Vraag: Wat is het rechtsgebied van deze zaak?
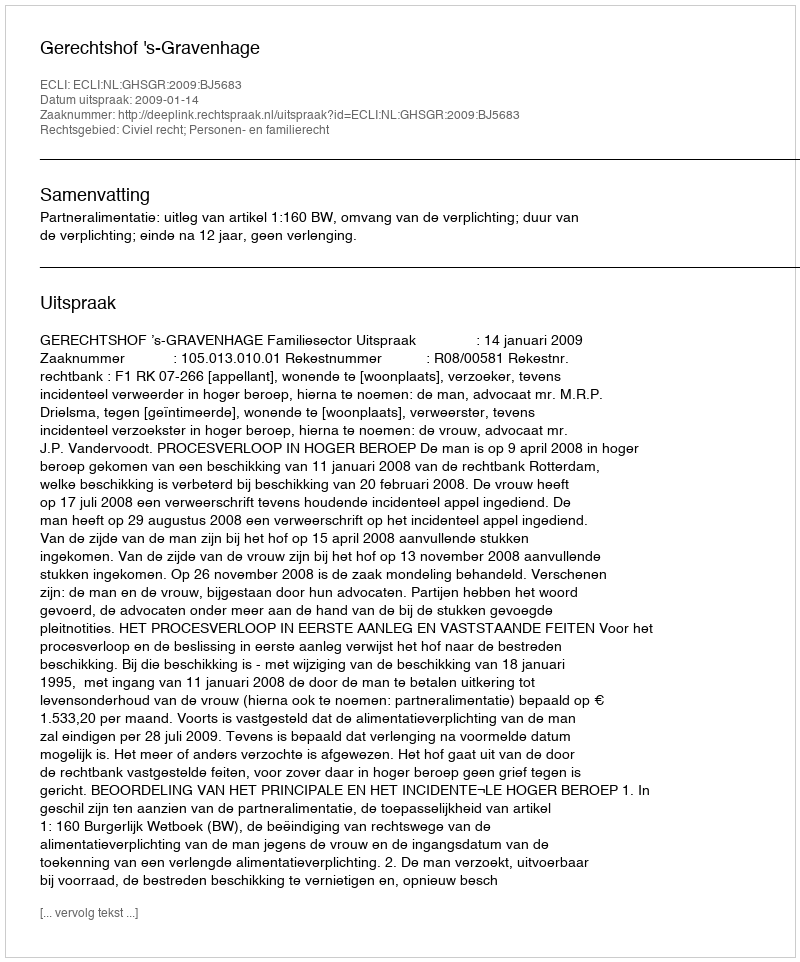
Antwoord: Civiel recht; Personen- en familierecht